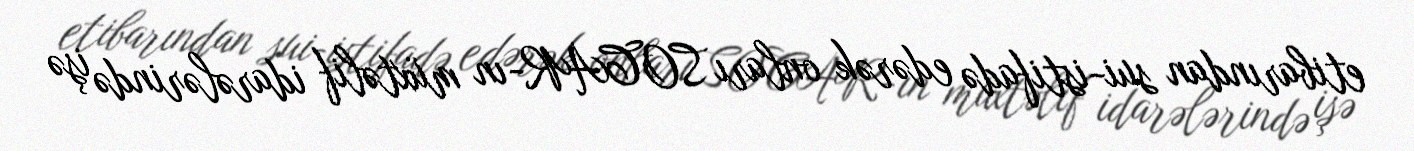
etibarından sui-istifadə edərək onları SOCAR-ın müxtəlif idarələrində işə